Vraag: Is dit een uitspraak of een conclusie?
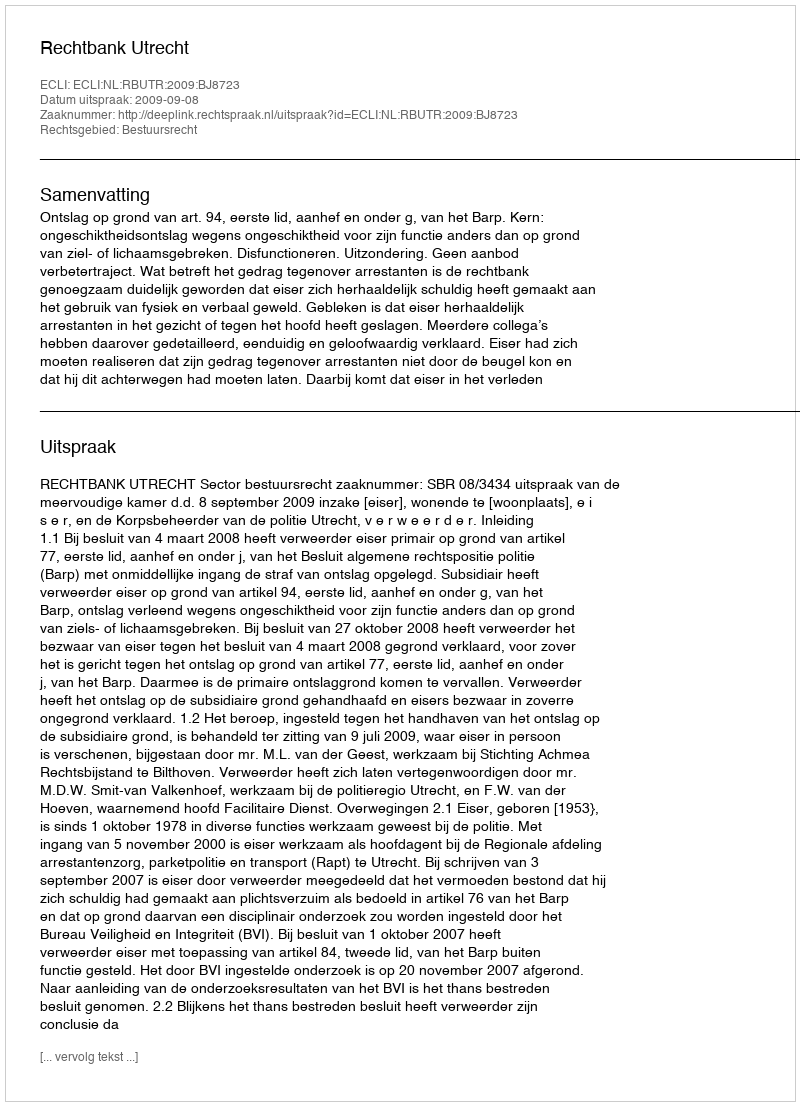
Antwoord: Uitspraak